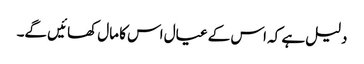
دلیل ہے کہ اس کے عیال اس کا مال کھائیں گے۔